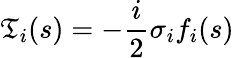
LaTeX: \mathfrak{T}_{i}(s)=-\frac{{i}}{{2}}\sigma_{i}f_{i}(s)